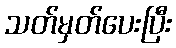
သတ်မှတ်ပေးပြီး